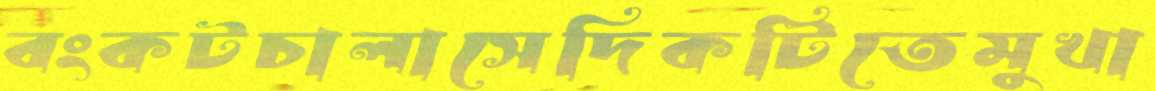
বংকটচালাসেদিকটিতেমুখা